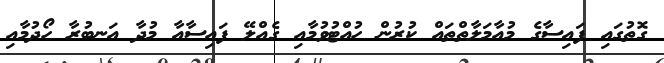
ގޮތުގައި ފައިސާގެ މުއާމަލާތްތައް ކުރުން ހުއްޓުވުމާއި ގެއްލޭ ފައިސާއާ މުދާ އަނބުރާ ހޯދުމާއި